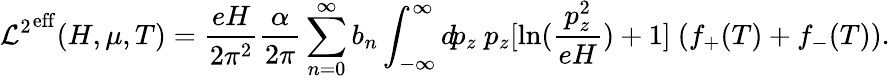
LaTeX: {{\cal L}^{2}}^{\mathrm{eff}}(H,\mu,T)=\frac{eH}{2\pi^{2}}\frac{\alpha}{2\pi}\sum_{n=0}^{\infty}b_{n}\int_{-\infty}^{\infty}d\! p_{z}~p_{z}[\ln(\frac{p_{z}^{2}}{eH})+1]~(f_{+}(T)+f_{-}(T)).